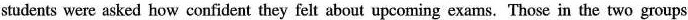
students were asked how confident they felt about upcoming exams. Those in the two groups